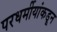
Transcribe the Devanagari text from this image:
परधर्मीयांकडून